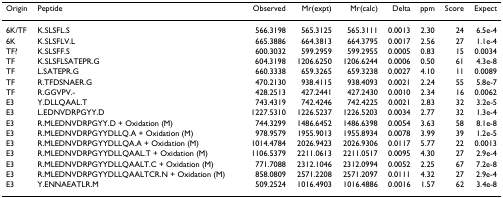
<table><thead><tr><td><b>Origin</b></td><td><b>Peptide</b></td><td><b>Observed</b></td><td><b>Mr(expt)</b></td><td><b>Mr(calc)</b></td><td><b>Delta</b></td><td><b>ppm</b></td><td><b>Score</b></td><td><b>Expect</b></td></tr></thead><tbody><tr><td>6K/TF</td><td>K.SLSFL.S</td><td>566.3198</td><td>565.3125</td><td>565.3111</td><td>0.0013</td><td>2.30</td><td>24</td><td>6.5e-4</td></tr><tr><td>6K</td><td>K.SLSFLV.L</td><td>665.3886</td><td>664.3813</td><td>664.3795</td><td>0.0017</td><td>2.56</td><td>27</td><td>1.1e-4</td></tr><tr><td>TF?</td><td>K.SLSFF.S</td><td>600.3032</td><td>599.2959</td><td>599.2955</td><td>0.0005</td><td>0.83</td><td>15</td><td>0.0034</td></tr><tr><td>TF</td><td>K.SLSFLSATEPR.G</td><td>604.3198</td><td>1206.6250</td><td>1206.6244</td><td>0.0006</td><td>0.50</td><td>61</td><td>4.3e-8</td></tr><tr><td>TF</td><td>L.SATEPR.G</td><td>660.3338</td><td>659.3265</td><td>659.3238</td><td>0.0027</td><td>4.10</td><td>11</td><td>0.0089</td></tr><tr><td>TF</td><td>R.TFDSNAER.G</td><td>470.2130</td><td>938.4115</td><td>938.4093</td><td>0.0021</td><td>2.24</td><td>55</td><td>5.8e-7</td></tr><tr><td>TF</td><td>R.GGVPV.-</td><td>428.2513</td><td>427.2441</td><td>427.2430</td><td>0.0010</td><td>2.34</td><td>16</td><td>0.0062</td></tr><tr><td>E3</td><td>Y.DLLQAAL.T</td><td>743.4319</td><td>742.4246</td><td>742.4225</td><td>0.0021</td><td>2.83</td><td>32</td><td>3.2e-5</td></tr><tr><td>E3</td><td>L.EDNVDRPGYY.D</td><td>1227.5310</td><td>1226.5237</td><td>1226.5203</td><td>0.0034</td><td>2.77</td><td>32</td><td>1.3e-4</td></tr><tr><td>E3</td><td>R.MLEDNVDRPGYY.D + Oxidation (M)</td><td>744.3299</td><td>1486.6452</td><td>1486.6398</td><td>0.0054</td><td>3.63</td><td>58</td><td>8.1e-8</td></tr><tr><td>E3</td><td>R.MLEDNVDRPGYYDLLQ.A + Oxidation (M)</td><td>978.9579</td><td>1955.9013</td><td>1955.8934</td><td>0.0078</td><td>3.99</td><td>39</td><td>1.2e-5</td></tr><tr><td>E3</td><td>R.MLEDNVDRPGYYDLLQA.A + Oxidation (M)</td><td>1014.4784</td><td>2026.9423</td><td>2026.9306</td><td>0.0117</td><td>5.77</td><td>22</td><td>0.0013</td></tr><tr><td>E3</td><td>R.MLEDNVDRPGYYDLLQAAL.T + Oxidation (M)</td><td>1106.5379</td><td>2211.0613</td><td>2211.0517</td><td>0.0095</td><td>4.30</td><td>27</td><td>2.9e-4</td></tr><tr><td>E3</td><td>R.MLEDNVDRPGYYDLLQAALT.C + Oxidation (M)</td><td>771.7088</td><td>2312.1046</td><td>2312.0994</td><td>0.0052</td><td>2.25</td><td>67</td><td>7.2e-8</td></tr><tr><td>E3</td><td>R.MLEDNVDRPGYYDLLQAALTCR.N + Oxidation (M)</td><td>858.0809</td><td>2571.2208</td><td>2571.2097</td><td>0.0111</td><td>4.32</td><td>27</td><td>2.9e-4</td></tr><tr><td>E3</td><td>Y.ENNAEATLR.M</td><td>509.2524</td><td>1016.4903</td><td>1016.4886</td><td>0.0016</td><td>1.57</td><td>62</td><td>3.4e-8</td></tr></tbody></table>